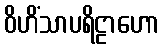
ဝိဟိံသာပရိဠာဟော